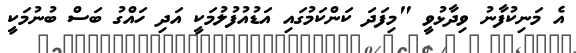
އެ މަނިކުފާނު ވިދާޅުވީ "މިފަދަ ކަންކަމުގައި އަޑުއުފުލުމަކީ އަދި ހައްގު ބަސް ބުނުމަކީ